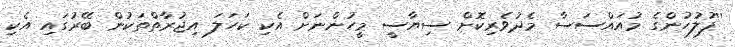
''ފުލުހުންގެ މުއައްސަސާ މެދުވެރިކޮށް ސިޔާސީ މީހުންނަށް އެކި ކަހަލަ އިޖުރާތްތަކުން ބޭރުގައި އެކި